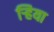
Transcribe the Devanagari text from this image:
ऱ्हिया